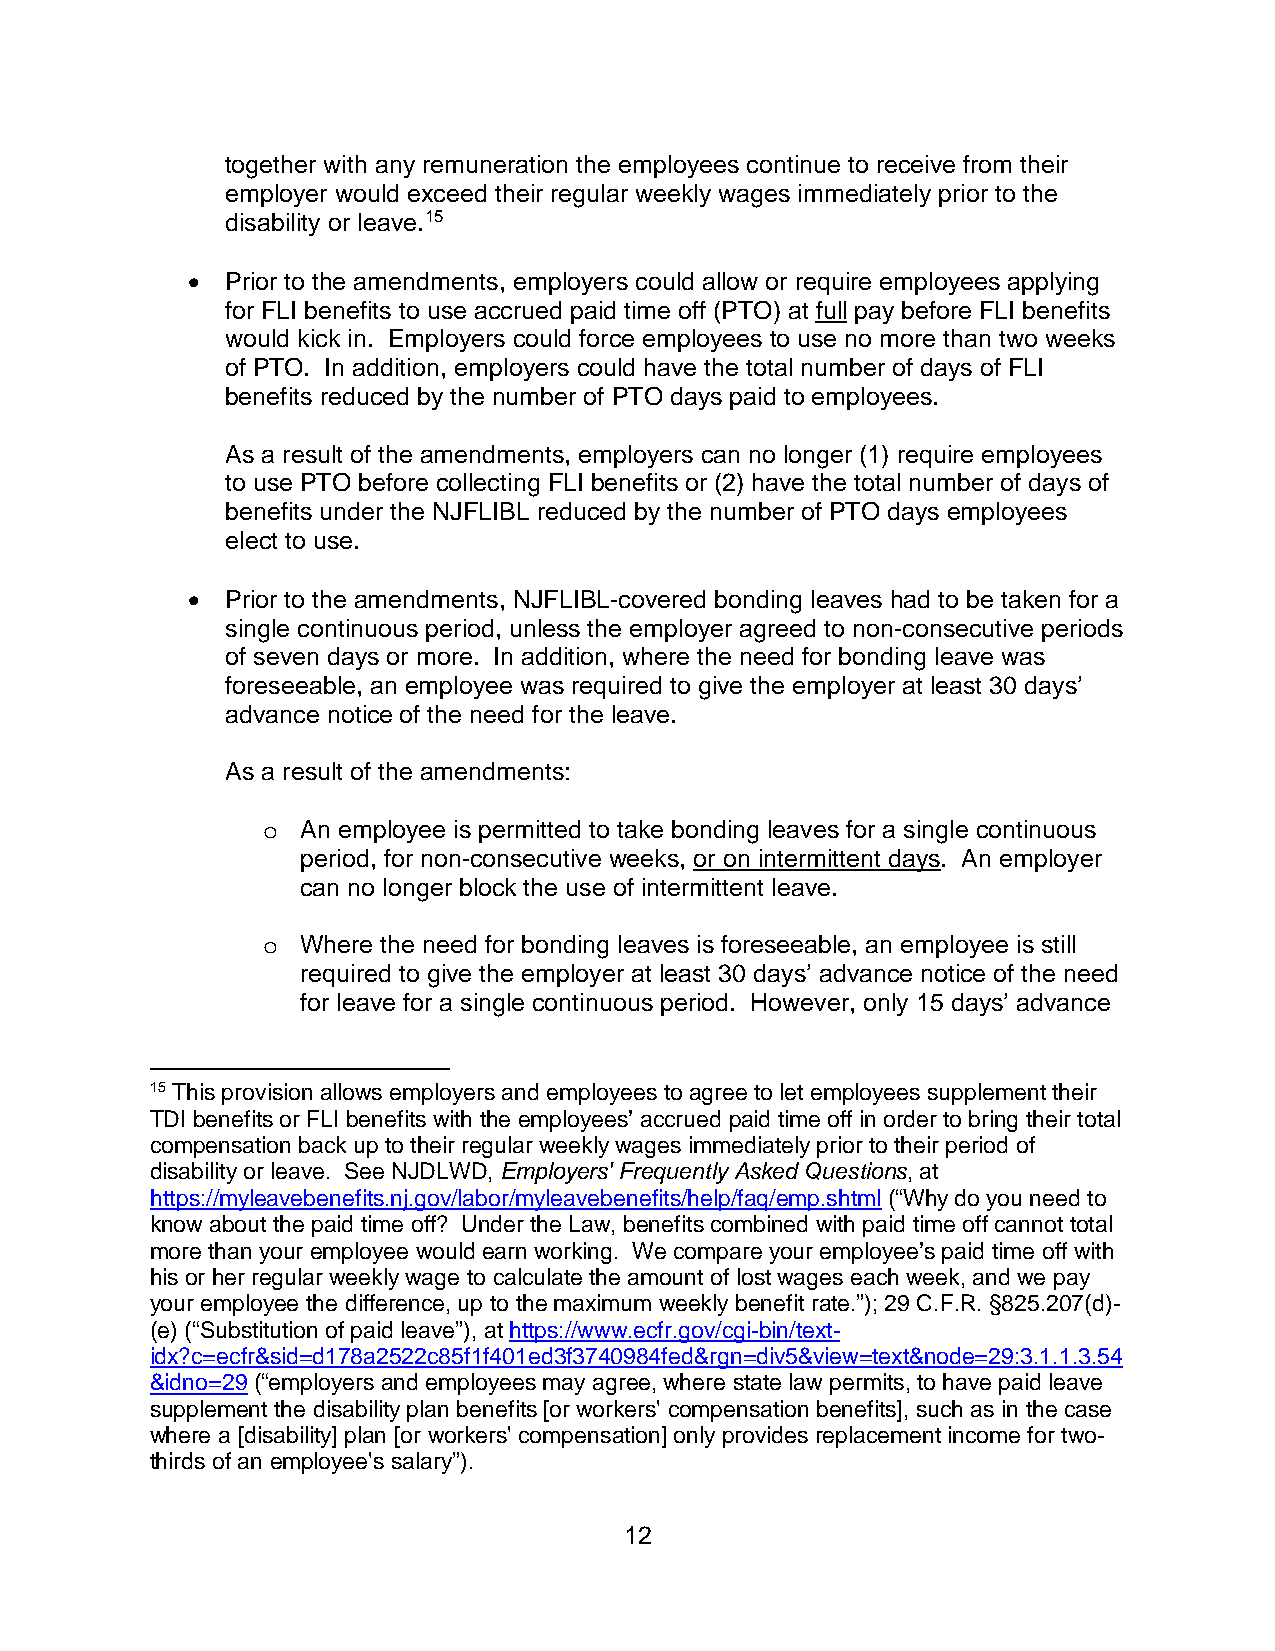
together with any remuneration the employees continue to receive from their
 employer would exceed their regular weekly wages immediately prior to the
 disability or leave.15
 •  Prior to the amendments, employers could allow or require employees applying
 for FLI benefits to use accrued paid time off (PTO) at full pay before FLI benefits
 would kick in. Employers could force employees to use no more than two weeks
 of PTO. In addition, employers could have the total number of days of FLI
 benefits reduced by the number of PTO days paid to employees.
 As a result of the amendments, employers can no longer (1) require employees
 to use PTO before collecting FLI benefits or (2) have the total number of days of
 benefits under the NJFLIBL reduced by the number of PTO days employees
 elect to use.
 •  Prior to the amendments, NJFLIBL-covered bonding leaves had to be taken for a
 single continuous period, unless the employer agreed to non-consecutive periods
 of seven days or more. In addition, where the need for bonding leave was
 foreseeable, an employee was required to give the employer at least 30 days’
 advance notice of the need for the leave.
 As a result of the amendments:
 An employee is permitted to take bonding leaves for a single continuous
 o
 period, for non-consecutive weeks, or on intermittent days. An employer
 can no longer block the use of intermittent leave.
 Where the need for bonding leaves is foreseeable, an employee is still
 o
 required to give the employer at least 30 days’ advance notice of the need
 for leave for a single continuous period. However, only 15 days’ advance
 15 This provision allows employers and employees to agree to let employees supplement their
 TDI benefits or FLI benefits with the employees’ accrued paid time off in order to bring their total
 compensation back up to their regular weekly wages immediately prior to their period of
 disability or leave. See NJDLWD, Employers' Frequently Asked Questions, at
 https://myleavebenefits.nj.gov/labor/myleavebenefits/help/faq/emp.shtml (“Why do you need to
 know about the paid time off? Under the Law, benefits combined with paid time off cannot total
 more than your employee would earn working. We compare your employee’s paid time off with
 his or her regular weekly wage to calculate the amount of lost wages each week, and we pay
 your employee the difference, up to the maximum weekly benefit rate.”); 29 C.F.R. §825.207(d)-
 (e) (“Substitution of paid leave”), at https://www.ecfr.gov/cgi-bin/text-
 idx?c=ecfr&sid=d178a2522c85f1f401ed3f3740984fed&rgn=div5&view=text&node=29:3.1.1.3.54
 &idno=29 (“employers and employees may agree, where state law permits, to have paid leave
 supplement the disability plan benefits [or workers' compensation benefits], such as in the case
 where a [disability] plan [or workers' compensation] only provides replacement income for two-
 thirds of an employee's salary”).
 12